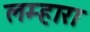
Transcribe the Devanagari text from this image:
लम्हारा